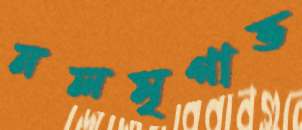
নলমৃগাভ